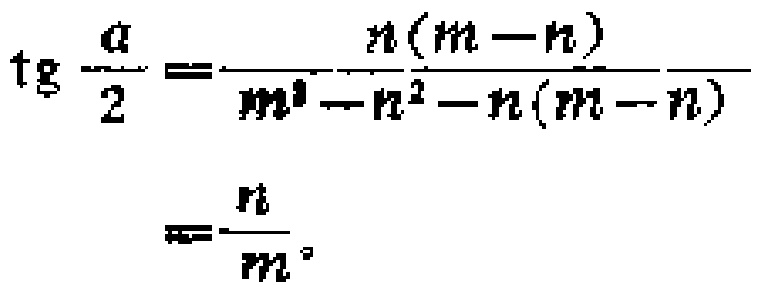
\[\begin{align*}
\operatorname{tg} \frac{\alpha}{2}&=\frac{n(m - n)}{m^{2}-n^{2}-n(m - n)}\\
&=\frac{n}{m}
\end{align*}\]